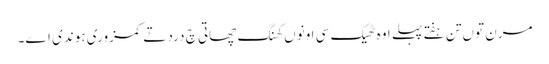
مرن توں تن ہفتے پہلے اوہ ٹھیک سی اونوں کھنگ چھاتی چ درد تے کمزوری ہوندی اے۔